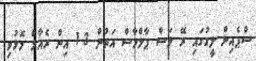
ސްޕެއިން ލީގުގައި ރޭ ލަސް ޕާލްމާސް އަތުން 3-1 އިން ރެއާލް މޮޅުވި